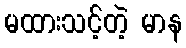
မထားသင့်တဲ့ မာန